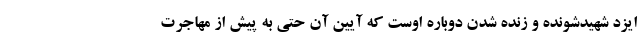
ایزد شهیدشونده و زنده شدن دوباره اوست که آیین آن حتی به پیش از مهاجرت